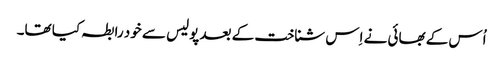
اُس کے بھائی نے اِس شناخت کے بعد پولیس سے خود رابطہ کیا تھا۔